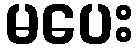
မပေး